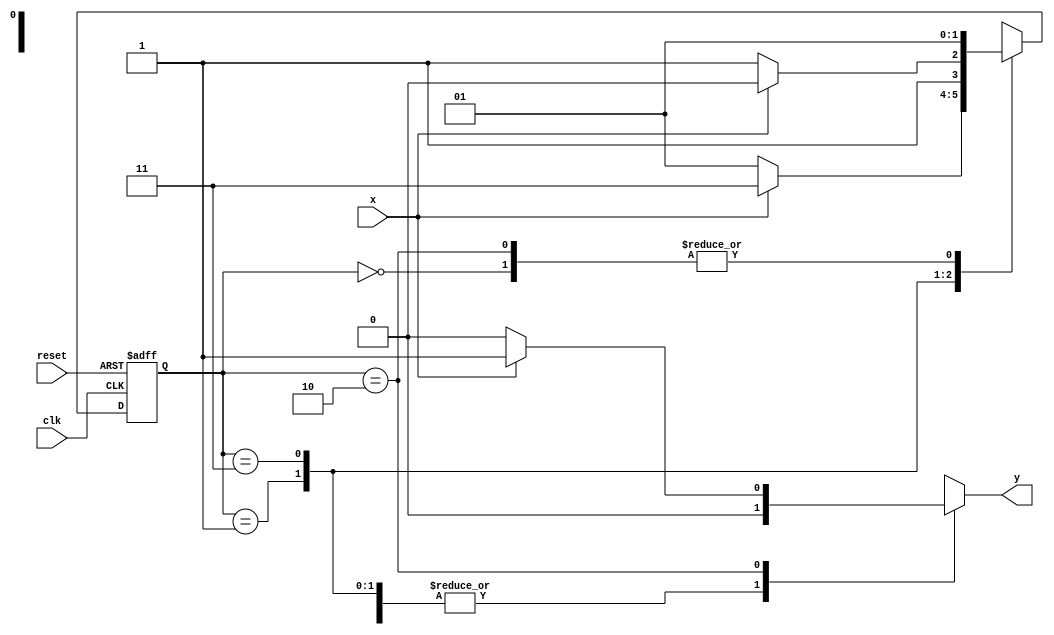
// Exemplo0055 - EXTRA
// Aluno: Roger Rubens Machado

//-----------
//--Mealy FSM
//-----------

//constant definitions
`define found 1
`define notfound 0

//FSM by Mealy
module mealyx111(y, x, clk, reset);

output y;
input x;
input clk;
input reset;

reg y;

parameter //state identifiers
start = 2'b00,
id1 = 2'b01,
id011=2'b11,
id110=2'b10;


reg[1:0]E1;//current state variables
reg[1:0]E2;//next stat logic output

//next state logic
always @(x or E1)
begin
	y = `notfound;
case(E1)
	start:
		if(x)
			E2 = id1;
		else
			E2 = id1;
id1:
	if(x)
		E2 = id011;
	else
		E2 =	id1;
id011:
	if(x)
		E2 = id110;
	else
		E2 = id011;	
id110:
	if(x)
		begin
			E2 = id1;
			y = `found;
	   end
else
	begin
		E2 = id1;
		y = `notfound;
	end
default:  //undefined state
	E2 = 2'bxx;
endcase

end // always at signal or state changing

//state variables
always @(posedge clk or negedge reset)
begin
if(reset)
E1 = E2; //updates current state
else
E1 = 0; //reset

end // always at signal changing

endmodule // mealyx111